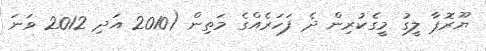
ޔޫރޮޕާ ލީގު މީގެކުރިން ދެ ފަހަރެއްގެ މަތިން (2010 އަދި 2012 ވަނަ